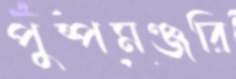
পুষ্পমঞ্জরি